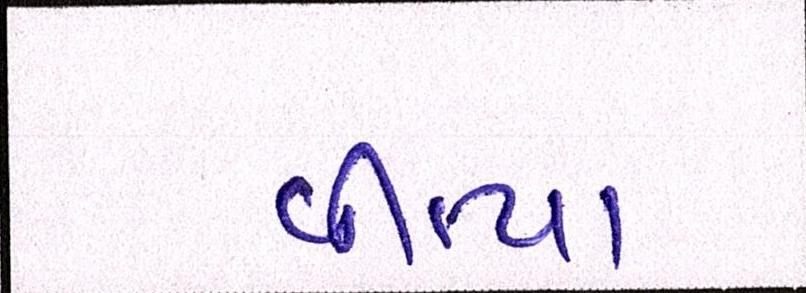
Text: વીત્યા